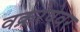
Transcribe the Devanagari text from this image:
वक्ररेषेवर